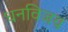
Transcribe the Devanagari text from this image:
धनविजय